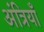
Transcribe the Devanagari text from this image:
अंत्रियाँ